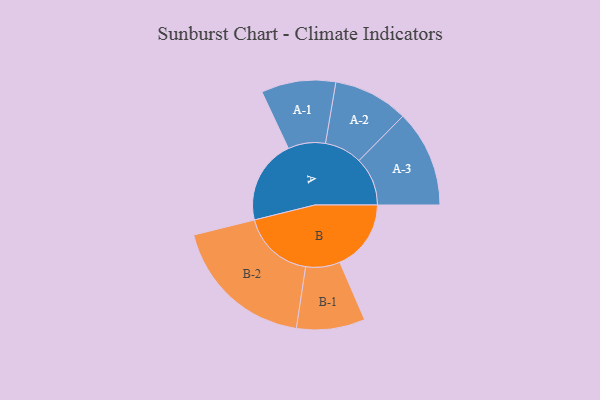
{"axis": {"x": "Segment", "y": "Value"}, "legend": ["", "A", "B"], "data": [{"x": "A", "y": 337, "type": ""}, {"x": "B", "y": 285, "type": ""}, {"x": "A-1", "y": 149, "type": "A"}, {"x": "A-2", "y": 150, "type": "A"}, {"x": "A-3", "y": 194, "type": "A"}, {"x": "B-1", "y": 137, "type": "B"}, {"x": "B-2", "y": 289, "type": "B"}]}